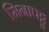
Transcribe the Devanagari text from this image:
मिनापट्टु